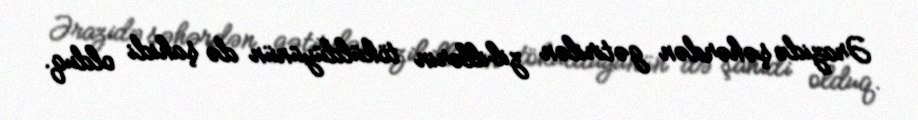
Ərazidə şəhərdən gətirilən zibillərin töküldüyünün də şahidi olduq.